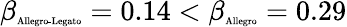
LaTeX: \beta_{\textrm{\tiny Allegro-Legato}}=0.14<\beta_{\textrm{\tiny Allegro}}=0.29